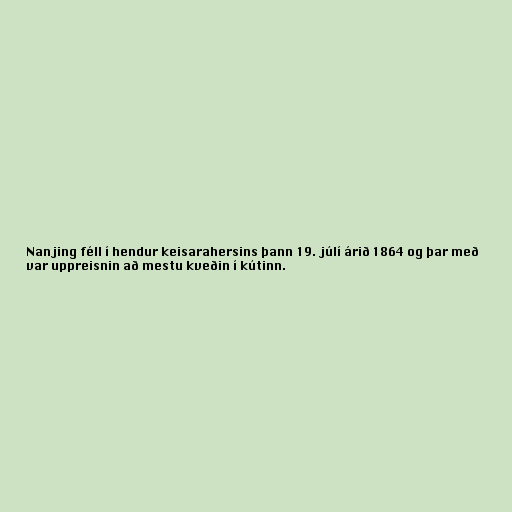
Nanjing féll í hendur keisarahersins þann 19. júlí árið 1864 og þar með
var uppreisnin að mestu kveðin í kútinn.